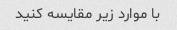
با موارد زیر مقایسه کنید